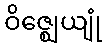
ဝိဇ္ဈေယျုံ